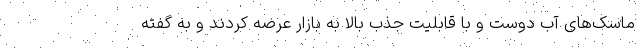
ماسک‌های آب دوست و با قابلیت جذب بالا به بازار عرضه کردند و به گفته